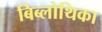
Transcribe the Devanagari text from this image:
बिब्लोथिका